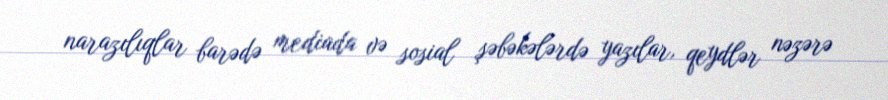
narazılıqlar barədə mediada və sosial şəbəkələrdə yazılar, qeydlər nəzərə